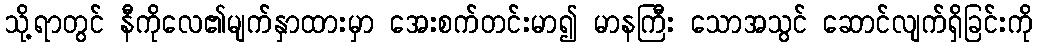
သို့ရာတွင် နီကိုလေ၏မျက်နှာထားမှာ အေးစက်တင်းမာ၍ မာနကြီး သောအသွင် ဆောင်လျက်ရှိခြင်းကို